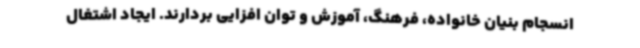
انسجام بنیان خانواده، فرهنگ، آموزش و توان افزایی بردارند. ایجاد اشتغال